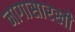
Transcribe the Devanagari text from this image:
नागासारखी